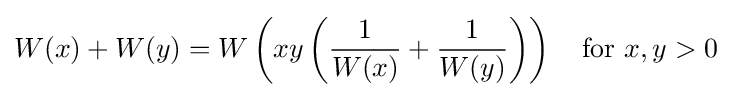
W(x)+W(y)=W\left(xy\left({\frac {1}{W(x)}}+{\frac {1}{W(y)}}\right)\right)\quad {\text{for }}x,y>0